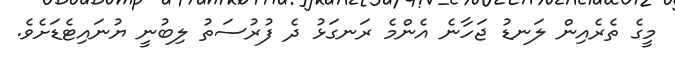
މީގެ ތެރެއިން ލަނޑު ޖަހާނެ އެންމެ ރަނގަޅު ދެ ފުރުސަތު ލިބުނީ ޔުނައިޓެޑަށެެވެ.